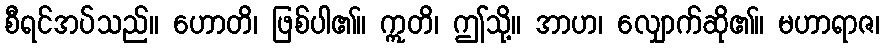
စီရင်အပ်သည်။ ဟောတိ၊ ဖြစ်ပါ၏။ ဣတိ၊ ဤသို့။ အာဟ၊ လျှောက်ဆို၏။ မဟာရာဇ၊